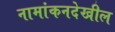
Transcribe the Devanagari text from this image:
नामांकनदेखील